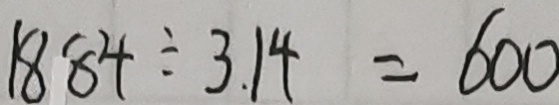
1 8 8 4 \div 3 . 1 4 = 6 0 0